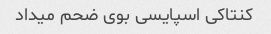
کنتاکی اسپایسی بوی ضحم میداد